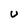
Character: U